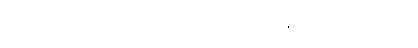
သူက စကားပြောကလည်း အလွန်ကောင်းတဲ့လူ။